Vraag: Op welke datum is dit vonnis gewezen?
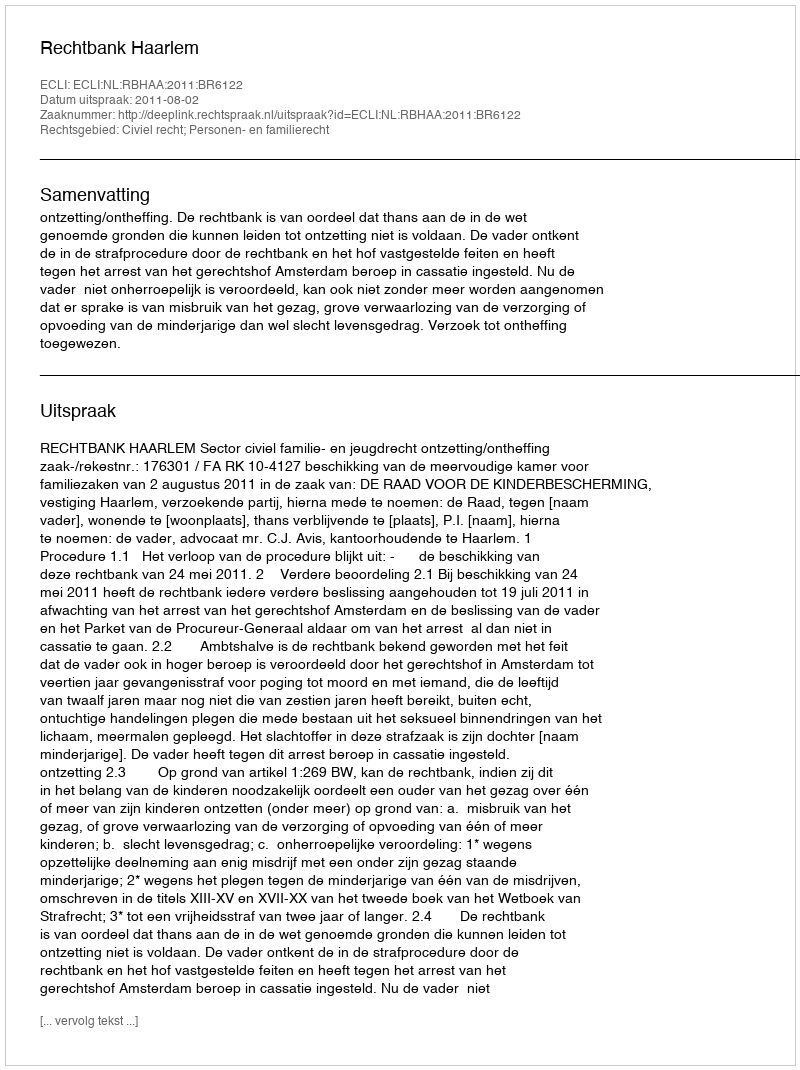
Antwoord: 2011-08-02